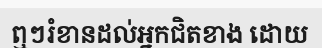
ឮៗរំខានដល់អ្នកជិតខាង ដោយ